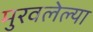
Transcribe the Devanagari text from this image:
मुरवलेल्या